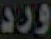
ورد